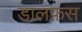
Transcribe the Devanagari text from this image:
डालफ़स